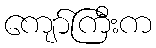
ကျော်ကြီးက